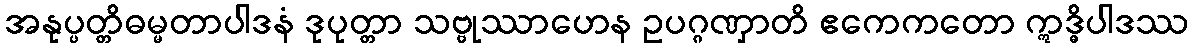
အနုပ္ပတ္တိဓမ္မတာပါဒနံ ဒုပုတ္တာ သဗ္ဗုဿာဟေန ဥပဂ္ဂဏှာတိ ဧကေကတော ဣဒ္ဓိပါဒဿ